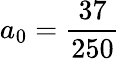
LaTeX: a_{0}=\frac{37}{250}